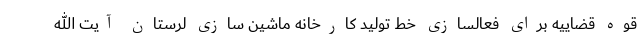
قوه قضاییه برای فعالسازی خط تولید کارخانه ماشین سازی لرستان آیت الله